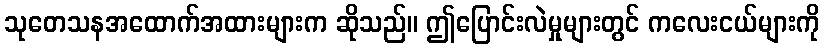
သုတေသနအထောက်အထားများက ဆိုသည်။ ဤပြောင်းလဲမှုများတွင် ကလေးငယ်များကို